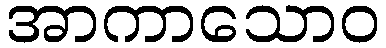
အာကာသောဝ